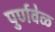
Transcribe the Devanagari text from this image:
पुर्णवेळ